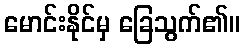
မောင်းနိုင်မှ ခြေသွက်၏။